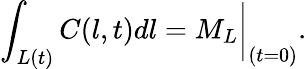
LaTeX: \int_{L(t)}{C(l,t)dl}=M_{L}\bigg|_{(t=0)}.